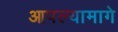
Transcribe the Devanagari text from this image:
आपल्यामागे